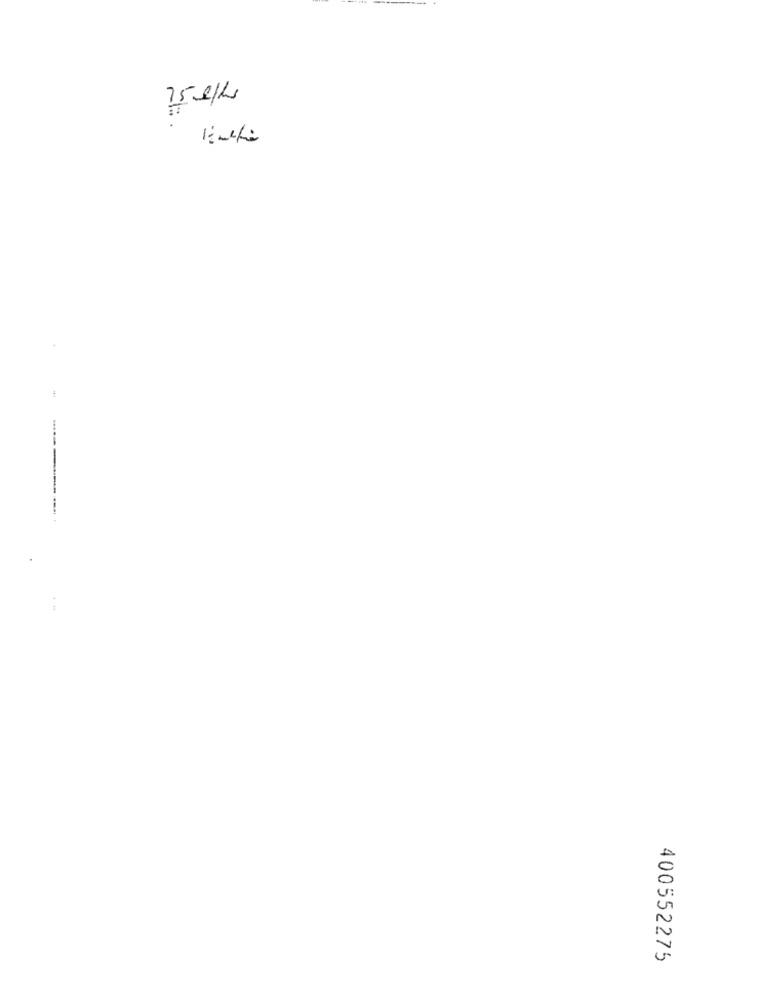
75 e/ks
400552275